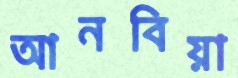
আনবিয়া